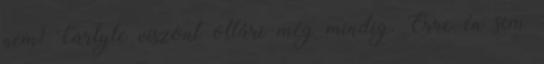
nem? Carlyle viszont oltári még mindig. Erre én sem